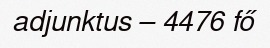
adjunktus – 4476 fő